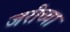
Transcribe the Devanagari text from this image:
जरीच्या